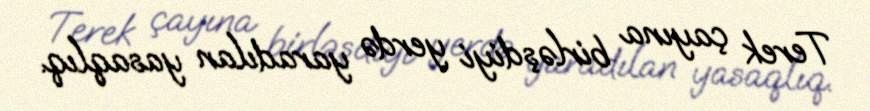
Terek çayına birləşdiyi yerdə yaradılan yasaqlıq.